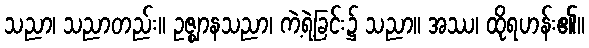
သညာ၊ သညာတည်း။ ဥဇ္ဈာနသညာ၊ ကဲ့ရဲ့ခြင်း၌ သညာ။ အဿ၊ ထိုရဟန်း၏။